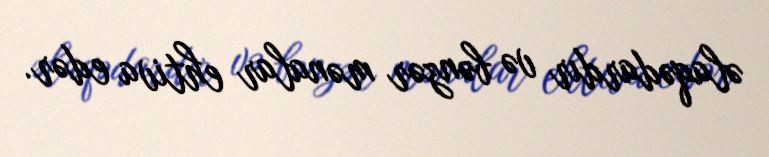
əlaqədardır və bənzər mənalar ehtiva edər.